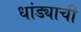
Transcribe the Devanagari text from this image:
धांड्याची